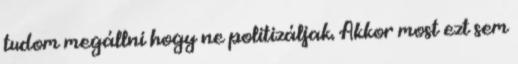
tudom megállni hogy ne politizáljak. Akkor most ezt sem